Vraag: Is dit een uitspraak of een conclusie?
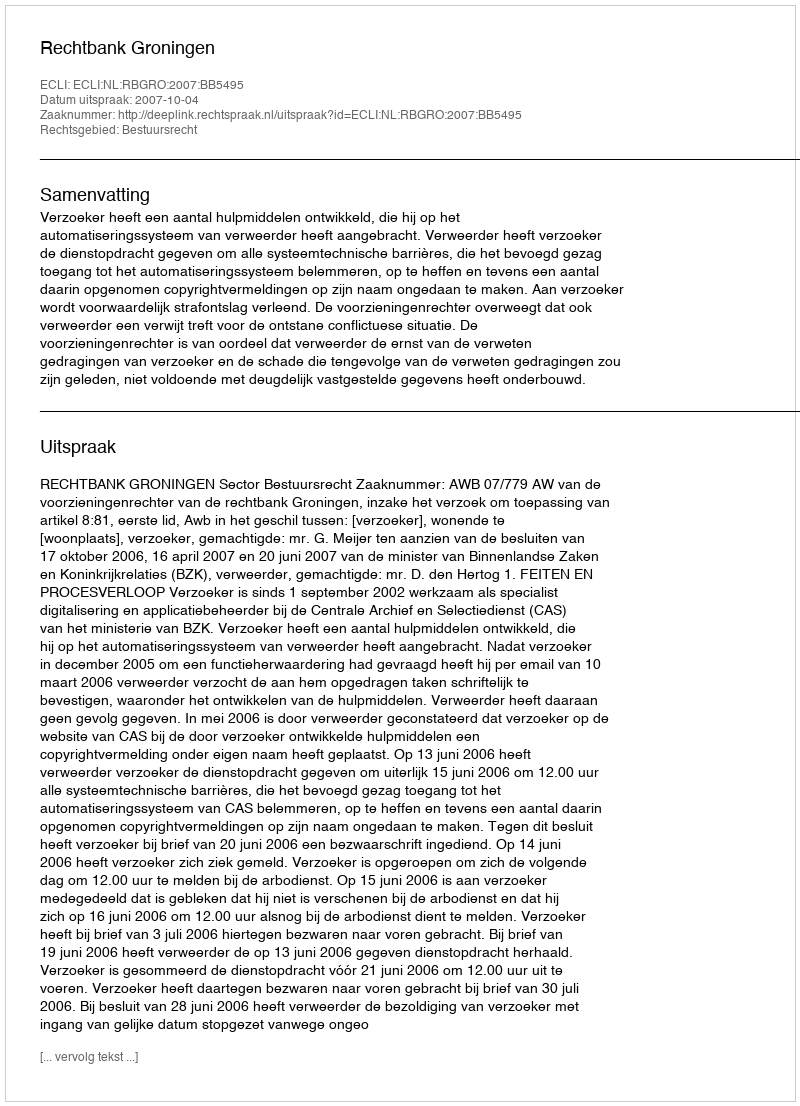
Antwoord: Uitspraak